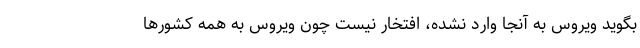
بگوید ویروس به آنجا وارد نشده، افتخار نیست چون ویروس به همه کشورها